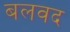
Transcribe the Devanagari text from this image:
बलवद